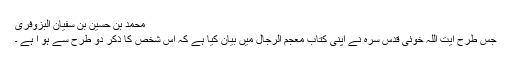
محمد بن حسین بن سفیان البزوفری
جس طرح آیت اللہ خوئی قدس سرہ نے اپنی کتاب معجم الرجال میں بیان کیا ہے کہ اس شخص کا ذکر دو طرح سے ہو ا ہے ۔